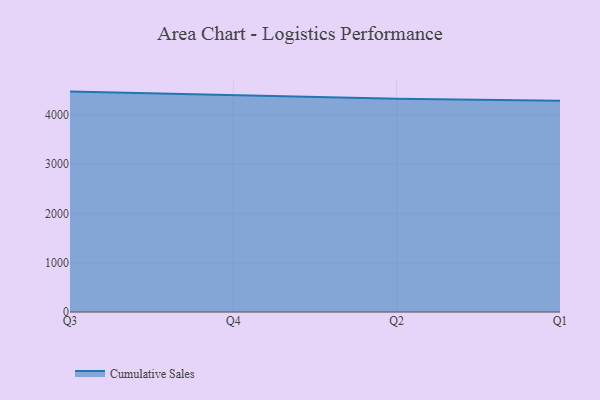
{"axis": {"x": "Quarter", "y": "Operating Costs (USD K)"}, "legend": ["Cumulative Sales"], "data": [{"x": "Q3", "y": 4467.4, "type": "Cumulative Sales"}, {"x": "Q4", "y": 4392.6, "type": "Cumulative Sales"}, {"x": "Q2", "y": 4321.9, "type": "Cumulative Sales"}, {"x": "Q1", "y": 4279.8, "type": "Cumulative Sales"}]}